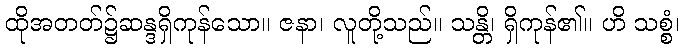
ထိုအတတ်၌ဆန္ဒရှိကုန်သော။ ဇနာ၊ လူတို့သည်။ သန္တိ၊ ရှိကုန်၏။ ဟိ သစ္စံ၊